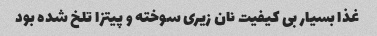
غذا بسیار بی کیفیت نان زیری سوخته و پیتزا تلخ شده بود